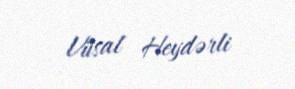
Vüsal Heydərli